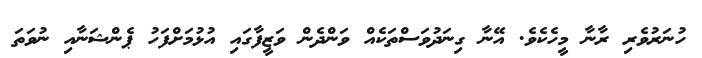
ހުނަރުވެރި ރާނާ މީހެކެވެ. އޭނާ ގިނަދުވަސްތަކެއް ވަންދެން ވަޒީފާގައި އުޅުމަށްފަހު ޕެންޝަނާއި ނުވަތަ